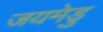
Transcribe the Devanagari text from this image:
जयमेडु